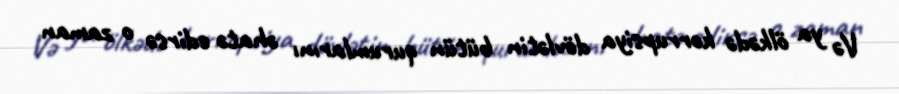
Və ya ölkədə korrupsiya dövlətin bütün qurumlarını əhatə edirsə o zaman